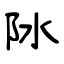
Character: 阥